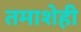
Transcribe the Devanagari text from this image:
तमाशेही